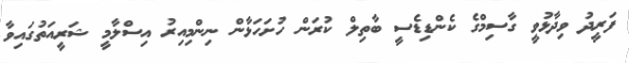
ފަރީދު ވިދާޅުވީ ގާސިމްގެ ކެންޑިޑެސީ ބާތިލް ކުރަން ހުށަހަޅާން ނިންމިއިރު އިސްލާމީ ޝަރީއަތުގައިވާ